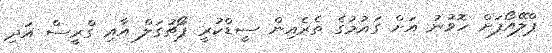
ޕްލޭއޯފަށް ހޮވުނު އަށް ގައުމުގެ ތެރެއިން ސީޑްކުރީ ޕޯޗުގަލް އާއި ގްރީސް އަދި